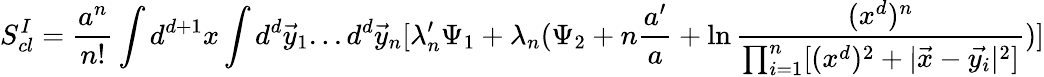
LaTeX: S_{cl}^{I}=\frac{a^{n}}{n!}\int d^{d+1}x\int d^{d}\vec{y}_{1}...d^{d}\vec{y}_{n}[\lambda_{n}^{\prime}\Psi_{1}+\lambda_{n}(\Psi_{2}+n\frac{a^{\prime}}{a}+\ln\frac{(x^{d})^{n}}{\prod_{i=1}^{n}[(x^{d})^{2}+|\vec{x}-\vec{y_{i}}|^{2}]})]